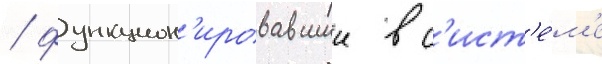
/ функцион'ировавшии в с'ист'е́м'е